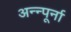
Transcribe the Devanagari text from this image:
अन्न्पूर्ना